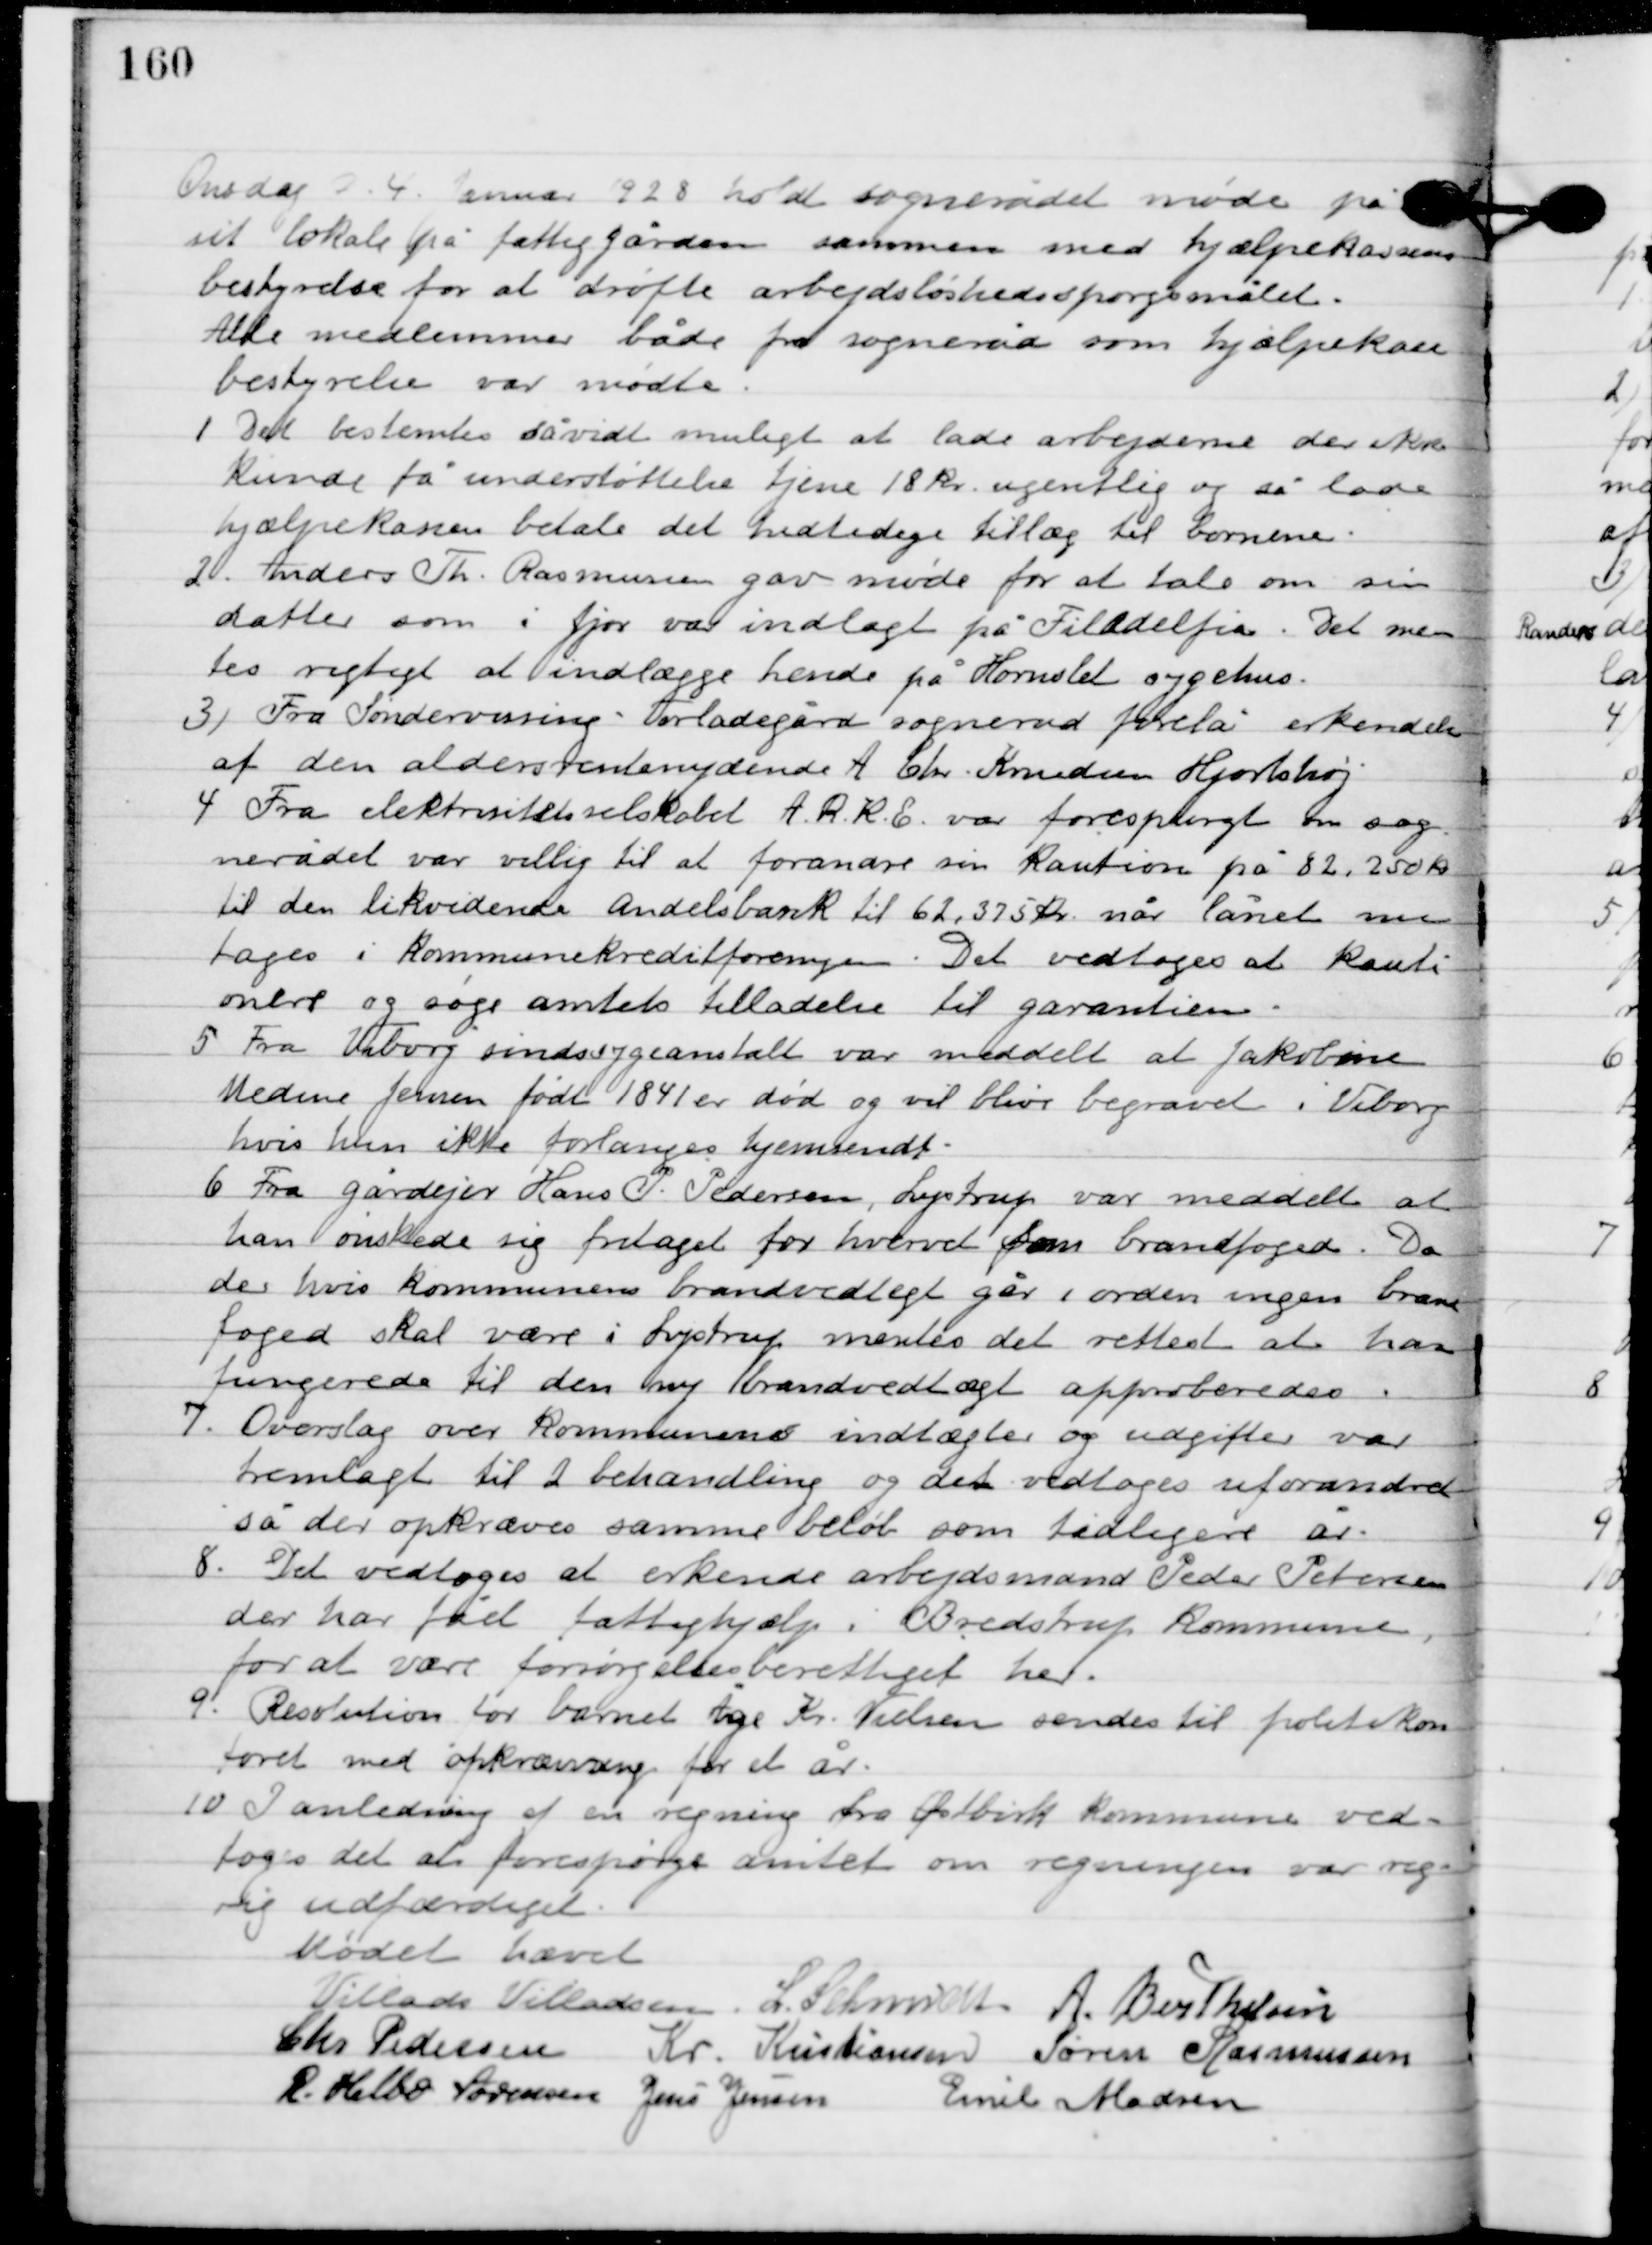
Transskription:
Onsdag D. 4. Januar 1927 holdt sognerådet møde på
sit lokale på fattiggården sammen med hjælpeklassens
bestyrelse for at drøfte arbejdsløshedsspørgsmålet.
Alle medlemmer var både fra sognerådet som hjælpeklasse
bestyrelse var mødte.

1

Det bestemtes så vidt muligt at lade arbejderne der ikke
kunde få understøttelse tjene 18 kr. uegentlig og så lade
hjælpeklassen betale det hidtidige tillæg til børnene.

2

Anders Th. Rasmussen var møde for at tale om sin
datter som i fjor var indlagt på Filadelfia. Det men-
tes rigtigst at indlægge hende på Hornslet sygehus.

3

Fra Sønder Vissing-Voerladegård sogneråd forelå erkendelse
af den aldersrentenydende A. Chr. Knudsen Hjortshøj.

4

Fra elektricitets selskabet A.R.K.E. var forespurgt om sog-
nerådet var villig til at forandre sin Kaution på 82.750 kr.
til den likvidende andelsbank til 62.375 kr. når lånet nu
 toges i kommunekredit foreningen. Det vedtoges at kau-
tionere og søge amtets tilladelse til garantien.

5

Fra Viborg sindssygeanstalt var meddelt at Jakobine
Medine Jensen født 1841 er død og vil blive begravet i Viborg
hvis hun ikke forlanges hjemsendt.

6

Fra gårdejer Hans P. Pedersen Lystrup var meddelt at
han ønskede sig fritaget for hvervet som brandfoged. Da
der hvis kommunens brandvedtægt går i orden ingen brand-
fode skal være i Lystrup mentes det rettest at han
fungerede til den ny brandvedtægt approberedes.

7

Overslag over kommunens indtægter og udgifter var
henlagt til 2. behandling og den vedtoges uforandret
så der opkræves samme beløb som tidligere år.

8

Det vedtoges at erkende arbejdsmand Peder Petersen
der har fået fattighjælp i Bredstrup kommune,
for at være forsørgelsesberettiget her.

9

Reluition for barnet Åge Kr. Nielsen sendes til politikon-
toret med afkrævning for et år.

10

I anledning af en regning fra Østbirk Kommune ved-
toges det at forespørge amtet om regningen var rig-
tig udfærdiget.

Mødet hævet.

Villads J. Villadsen
I. Schmidt
A. Berthelsen
Chr. Pedersen
Kr. Kristiansen
Søren Rasmussen
R. Helbo Sørensen
Jens Jensen
Emil Madsen